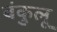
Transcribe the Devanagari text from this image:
बंकुलू